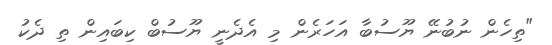
"ތިހެން ނުބުނޭ ޔޫސުބާ އަހަރެން މި އެދެނީ ޔޫސުބް ކިބައިން ތި ދެކު